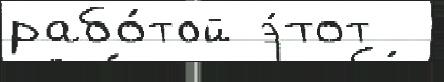
рабо́той э́тот